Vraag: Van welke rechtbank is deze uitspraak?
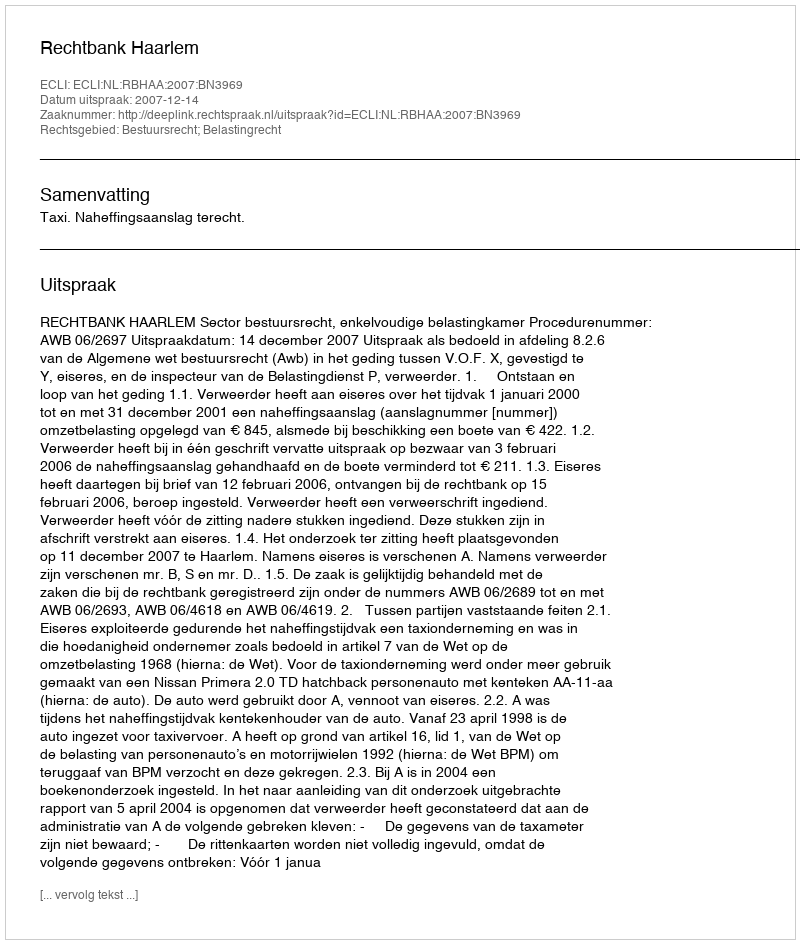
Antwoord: Rechtbank Haarlem